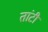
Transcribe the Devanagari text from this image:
तांटी